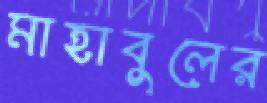
মাহাবুলের